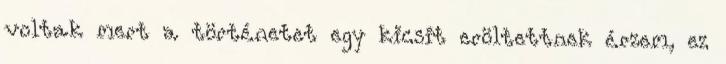
voltak mert a történetet egy kicsit eröltettnek érzem, ez